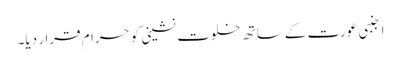
اجنبی عورت کے ساتھ خلوت نشینی کو حرام قرار دیا۔